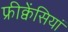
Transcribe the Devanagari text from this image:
फ्रीक्वेंसियां